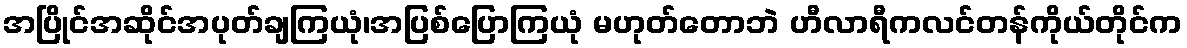
အပြိုင်အဆိုင်အပုတ်ချကြယုံ၊အပြစ်ပြောကြယုံ မဟုတ်တောဘဲ ဟီလာရီကလင်တန်ကိုယ်တိုင်က